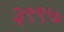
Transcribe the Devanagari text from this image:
३९९७